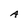
Character: A